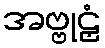
အဗ္ဗုဠှံ